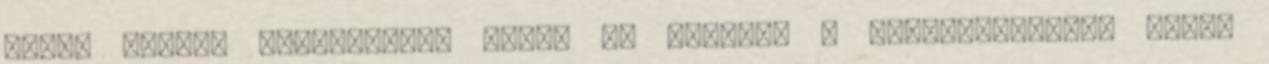
felső fiatal hajtásokat. Abban az utcában a negyvennyolcas számú